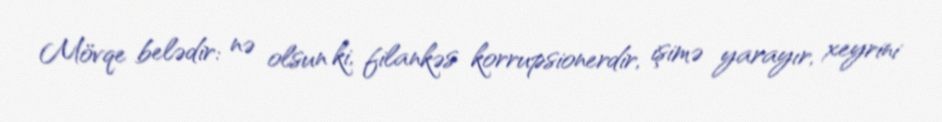
Mövqe belədir: nə olsun ki, filankəs korrupsionerdir, işimə yarayır, xeyrini